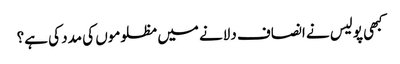
کبھی پولیس نے انصاف دلانے میں مظلوموں کی مدد کی ہے؟